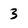
Character: 3